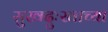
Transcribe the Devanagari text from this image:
सुखदुःखाच्या